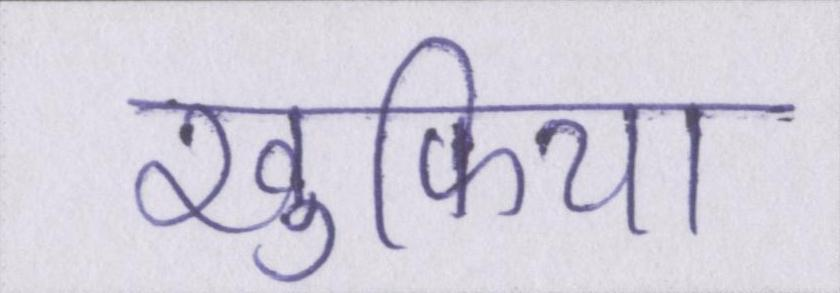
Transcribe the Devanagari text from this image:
खुफिया